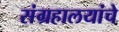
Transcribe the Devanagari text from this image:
संग्रहालयांचे